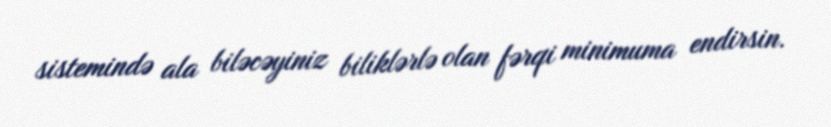
sistemində ala biləcəyiniz biliklərlə olan fərqi minimuma endirsin.